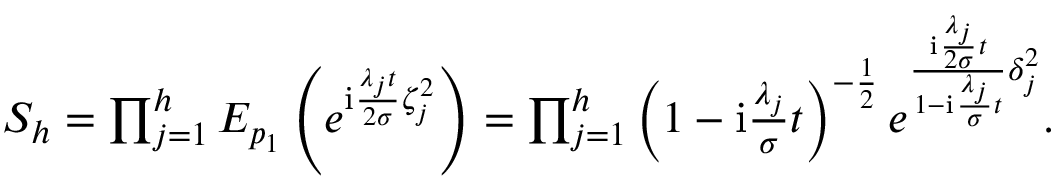
\begin{array} { r l r } & { } & { S _ { h } = \prod _ { j = 1 } ^ { h } E _ { p _ { 1 } } \left( e ^ { \mathrm { i } \frac { \lambda _ { j } t } { 2 \sigma } \zeta _ { j } ^ { 2 } } \right) = \prod _ { j = 1 } ^ { h } \left( 1 - \mathrm { i } \frac { \lambda _ { j } } { \sigma } t \right) ^ { - \frac { 1 } { 2 } } e ^ { \frac { \mathrm { i } \frac { \lambda _ { j } } { 2 \sigma } t } { 1 - \mathrm { i } \frac { \lambda _ { j } } { \sigma } t } \delta _ { j } ^ { 2 } } . } \end{array}